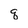
Character: q